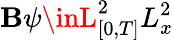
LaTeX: \mathbf{B}\psi\inL_{[0,T]}^{2}L_{x}^{2}